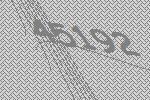
45192